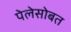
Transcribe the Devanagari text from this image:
पेलेसोबत